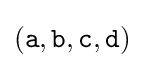
({\texttt {a}},{\texttt {b}},{\texttt {c}},{\texttt {d}})